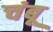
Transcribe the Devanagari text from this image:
चंबू